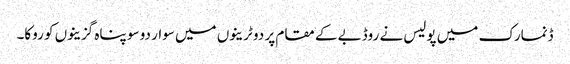
ڈنمارک میں پولیس نے روڈبے کے مقام پر دو ٹرینوں میں سوار دو سو پناہ گزینوں کو روکا۔